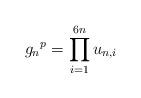
LaTeX: \begin{align*}{g_n}^p=\prod_{i=1}^{6n} u_{n,i}\end{align*}